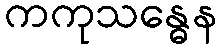
ကကုသန္ဓေန